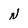
Character: N